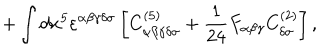
LaTeX: + \int d x ^ { 5 } \varepsilon ^ { \alpha \beta \gamma \delta \sigma } \left[ C _ { \alpha \beta \gamma \delta \sigma } ^ { ( 5 ) } + { \frac { 1 } { 2 4 } } F _ { \alpha \beta \gamma } C _ { \delta \sigma } ^ { ( 2 ) } \right] ,